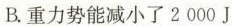
B.重力势能减小了2000J